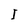
Character: I